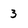
Character: 3